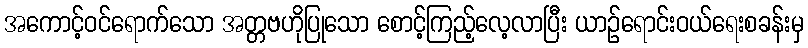
အကောင့်ဝင်ရောက်သော အတ္တဗဟိုပြုသော စောင့်ကြည့်လေ့လာပြီး ယာဉ်ရောင်းဝယ်ရေးစခန်းမှ